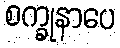
စက္ခုနာပေ